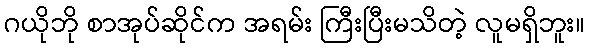
ဂယိုဘို စာအုပ်ဆိုင်က အရမ်း ကြီးပြီးမသိတဲ့ လူမရှိဘူး။